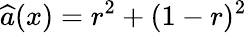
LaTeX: \widehat{a}(x)=r^{2}+(1-r)^{2}